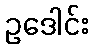
ဥဒေါင်း